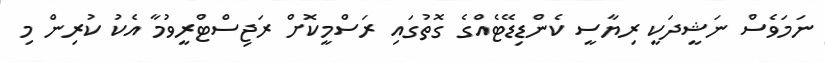
ނަމަވެސް ނަޝީދަކީ ރިޔާސީ ކެންޑިޑޭޓެއްގެ ގޮތުގައި ރަސްމީކޮށް ރަޖިސްޓްރީވުމާ އެކު ކުރިން މި